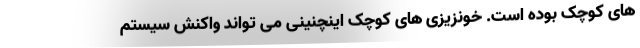
های کوچک بوده است. خونزیزی های کوچک اینچنینی می تواند واکنش سیستم